Report of the Hyderabad Chloroform Commission
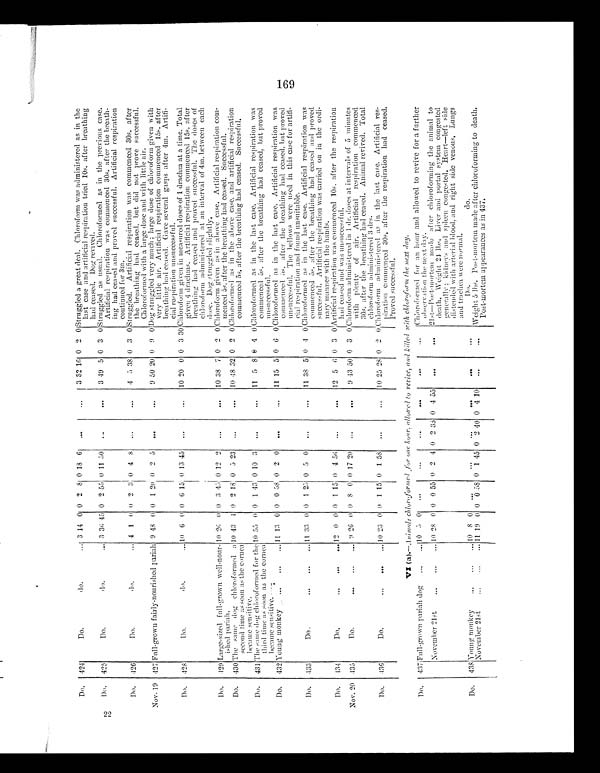
Do. 424
Do. do. . . . 3 14 0 0 2 8 0 18 6 . . .
. . .
3 32 16 0 2 0 Struggled a great deal. Chloroform was administered as in the
last case and artificial respiration tried 10s. after breathing
had ceased. Dog revived.
Do. 425
Do do . . . . 3 36 45 0 2 55 0 11 50 . . .
. . .
3 49 5 0 3 0 Struggled as usual. Chloroformed as in the previous case.
Artificial respiration was commenced 30s. after the breath
-ing had ceased and proved successful. Artificial respiration
continued for 3m.
Do. 426
Do. do. . . . 4 1 0 0 2 3 0 4 8 . . .
. . .
4 5 38 0 3 0
Struggled. Artificial respiration was commenced 30s. after
the breathing had ceased, but did not prove successful.
Chloroformed with a large dose and with little air.
Nov. 19 427 Full-grown fairly-nourished pariah 9 48 0 0 1 20 0 2 5
. . .
. . .
9 50 20 0 9 0 Dog struggled very much ; large dose of chloroform given with
very little air. Artificial respiration commenced 15s. after
breathing had ceased. Gave several gasps after 4m. Artifi
-cial respiration unsuccessful.
Do. 428
Do. do. . . . 1 0 6 0 0 6 15 0 13 45 . . .
. . . 10 20 0 0 3 30 Chloroform given in measured doses of 1 drachm at a time. Total
given 4 drachms. Artificial respiration commenced 15s. after
breathing had ceased and proved successful. The doses of
chloroform administered at an interval of 4m. between each
dose. Dog struggled slightly.
Do. 429 Large-sized full-grown well-nour
-ished pariah.
1 0 26 0 0 3 45 0 12 2 . . .
. . . 10 38 7 0 2 0 Chloroform given as in above case. Artificial respiration com
-menced 5s. after the breathing had ceased. Successful.
Do. 430 The same dog chloroformed a
second time as soon as the cornea
became sensitive.
10 43 4 0 2 18 0 5 23 . . .
. . . 10 48 32 0 2 0 Chloroformed as in the above case. and artificial respiration
commenced 5s. after the breathing had ceased. Successful.
Chloroformed as in the last case. Artificial respiration was
commenced 5s. after the breathing had ceased, but proved
unsuccessful.
Do. 431 The same dog chloroformed for the
third time as soon as the cornea
became sensitive.
10 55 0 0 1 43 0 10 :3 . . .
. . . 11 5 8 0 4 0
Do. 432 Young monkey . . .
1 1
13 0 0 0 58 0 2 0
. . .
. . . 11 15 5 0 6 0 Chloroformed as in the last case. Artificial respiration was
commenced 5s. after the breathing had ceased, but proved
unsuccessful. The bellows were used in this case for artif
i-cial respiration and found unsuitable.
Do. 433
Do. . . .
11 33
" 0 0 1 25 0 5 0 . . .
. . . 11 38 5 0 4 0 Chloroformed as in the last case. Artificial respiration was
commenced 5s. after the breathing had ceased and proved
successful. Artificial respiration was carried on in the ord
i-nary manner with the hands.
Do. 434
Do. . . .
12 0 0 0 1 15 0 4 56 . . .
. . . 12 5 6 0 3 0 Artificial respiration was commenced 10s. after the respiration
had ceased and was unsuccessful.
Nov. 20 435
Do. . . .
9 26 0 0 8 0 0 17 20 . . .
. . .
9 43 50 0 3 0 Chloroform administered in 1 dr. doses at intervals of 5 minutes
with plenty of air. Artificial respiration commenced
30s. after the breathing had ceased. Animal revived. Total
chloroform administered 3 drs.
Do. 436
Do. . . .
10 23 0 0 1 15 0 1 5 8 . . .
. . . 10 25 28 0 2 0 Chloroform administered as in the last case. Artificial res
-piration commenced 30s. after the respiration had ceased.
Proved successful.
VI (a).—Animals chloroformed for one hour, allowed to revive, and killed with chloroform the next day.
Do.
4 3 7
Full-grown pariah dog . . . 10 5 0 . . .
. . .
. . .
. . .
. . .
. . . Chloroformed for an hour and allowed to revive for a further
observation the next day.
November 21st . . .
10 28 0 0 0 55 0 2 4 0 2 335 0 4 55 . .
. . . 21st—Post-mortem made after chloroforming the animal to
death. Weight 24 lbs. Liver and portal system congested
generally ; kidneys and spleen congested. Heart’—left side
distended with arterial blood, and right side venous. Lungs
and trachea were normal.
Do. 438 Young monkey . . ..... 10 8 0 . . .
. . .
. . .
. . .
. . .
. . . .
D o . d p /
Weight 5 lbs. Post-mortem made after chloroforming to death.
Post-mortem appearances as in 437.
November 21st. . .
11 19 0 0 0 58 0 1 45 0 2 4 0 0 4 10 . . .
. . .